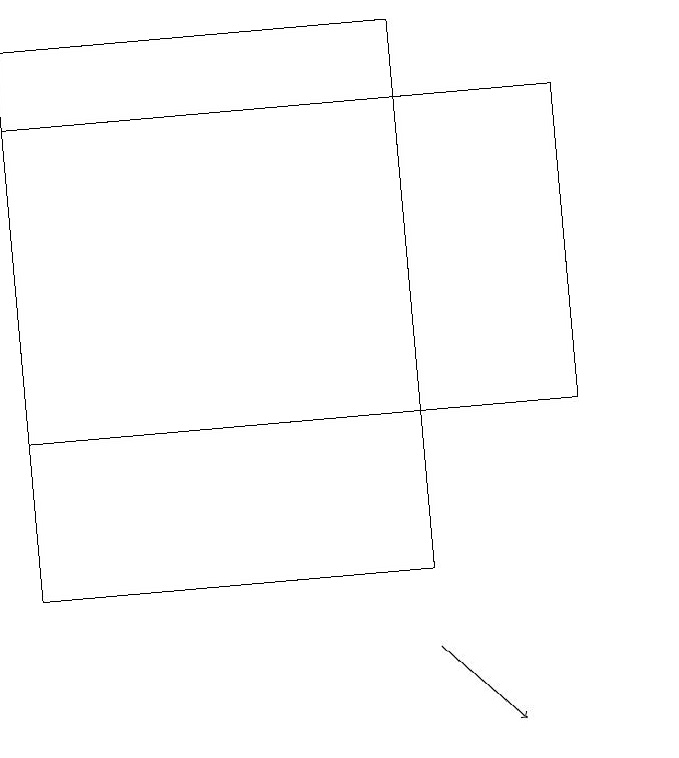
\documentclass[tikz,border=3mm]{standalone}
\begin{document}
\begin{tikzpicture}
\draw[->] (7,11) -- (8,10);
\draw (10,11) circle (0);
\draw (2,12) rectangle (7,19);
\draw (2,14) rectangle (9,18);
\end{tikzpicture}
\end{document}